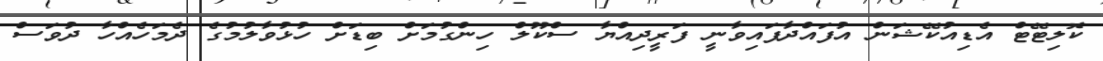
ކޮލިޓޭޓް އެޑިއުކޭޝަން އުފައްދާފައިވާނީ ފަރީދިއްޔާ ސްކޫލް ހިންގުމަށް ބިޑަށް ހުޅުވާލުމުގެ ދެމަހެއްހާ ދުވަސް